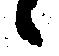
々